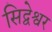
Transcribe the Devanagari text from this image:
सिद्वेश्वर